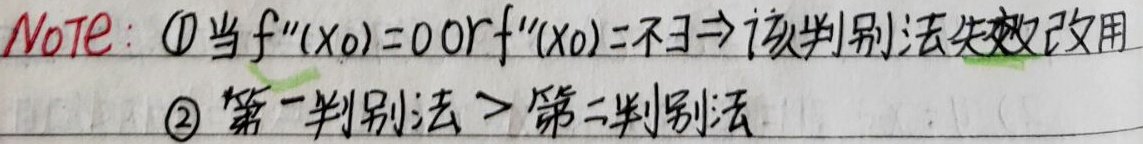
Note：\textcircled{1}当 \(f''(x_{0}) = 0\) or \(f''(x_{0})=\)不存在\(\Rightarrow\)该判别法失效改用
\textcircled{2} 第一判别法>第二判别法